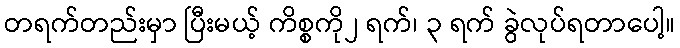
တရက်တည်းမှာ ပြီးမယ့် ကိစ္စကို၂ ရက်၊ ၃ ရက် ခွဲလုပ်ရတာပေါ့။